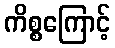
ကိစ္စကြောင့်